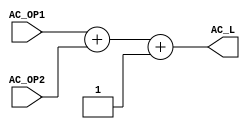
// MIT License
// 
// Copyright (c) 2021-2024 iCAS Lab
// 
// Permission is hereby granted, free of charge, to any person obtaining a copy
// of this software and associated documentation files (the "Software"), to deal
// in the Software without restriction, including without limitation the rights
// to use, copy, modify, merge, publish, distribute, sublicense, and/or sell
// copies of the Software, and to permit persons to whom the Software is
// furnished to do so, subject to the following conditions:
// 
// The above copyright notice and this permission notice shall be included in all
// copies or substantial portions of the Software.
// 
// THE SOFTWARE IS PROVIDED "AS IS", WITHOUT WARRANTY OF ANY KIND, EXPRESS OR
// IMPLIED, INCLUDING BUT NOT LIMITED TO THE WARRANTIES OF MERCHANTABILITY,
// FITNESS FOR A PARTICULAR PURPOSE AND NONINFRINGEMENT. IN NO EVENT SHALL THE
// AUTHORS OR COPYRIGHT HOLDERS BE LIABLE FOR ANY CLAIM, DAMAGES OR OTHER
// LIABILITY, WHETHER IN AN ACTION OF CONTRACT, TORT OR OTHERWISE, ARISING FROM,
// OUT OF OR IN CONNECTION WITH THE SOFTWARE OR THE USE OR OTHER DEALINGS IN THE
// SOFTWARE.

// Company: iCAS Lab, University of South Carolina
// Design Name: 
// Module Name: Adder_Compensation
// Project Name: 
// Target Devices: 
// Tool Versions: 
// Description: 
// 
// Dependencies: 
// 
// Revision:
// Revision 0.01 - File Created
// Additional Comments:
// 
//////////////////////////////////////////////////////////////////////////////////


`timescale 1ns / 1ps


module Adder_Compensation #(parameter DataIN_width = 16, truncation_width = 6, DataK_width = 4)
(
input	wire	[DataK_width+truncation_width:0]	AC_OP1,AC_OP2,
output	reg		[DataK_width+truncation_width+1:0]	AC_L
);

always@(*)
begin
AC_L = AC_OP1 + AC_OP2 + 'd1 ;
//A logic one is added to the addition product to compensate the result.
//{k1,x1t}+{k2,x2t}+1
end

endmodule